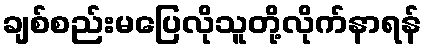
ချစ်စည်းမပြေလိုသူတို့လိုက်နာရန်